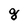
Character: g